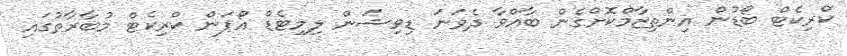
ކްރިކެޓް ބޯޑުން އިންތިޒާމްކޮށްގެން ބާއްވާ ދެވަނަ ޑިވިޝަން ލިމިޓެޑް އޯޕަން ކްރިކެޓް މުބާރާތުގައި